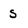
Character: s